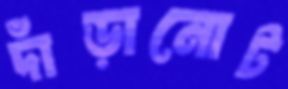
দাঁড়ানোট